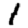
Digit: 1